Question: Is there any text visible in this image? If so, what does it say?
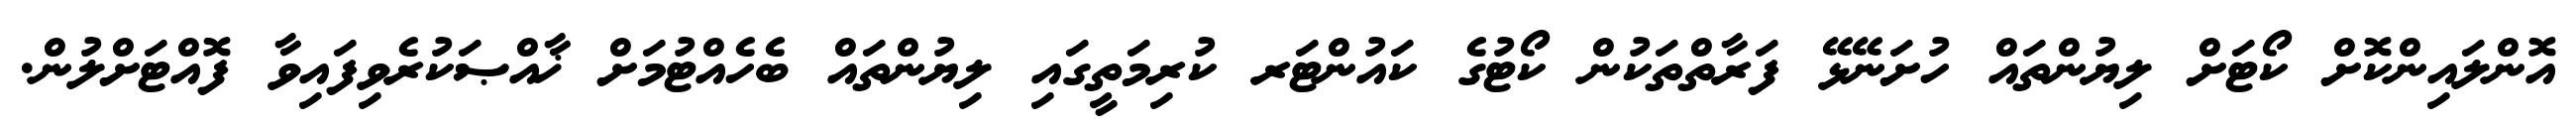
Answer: އޮންލައިންކޮށް ކޯޓަށް ލިޔުންތައް ހުށަނޭޅޭ ފަރާތްތަކުން ކޯޓުގެ ކައުންޓަރ ކުރިމަތީގައި ލިޔުންތައް ބެހެއްޓުމަށް ޚާއްޞަކުރެވިފައިވާ ފޮއްޓަށްލުން.